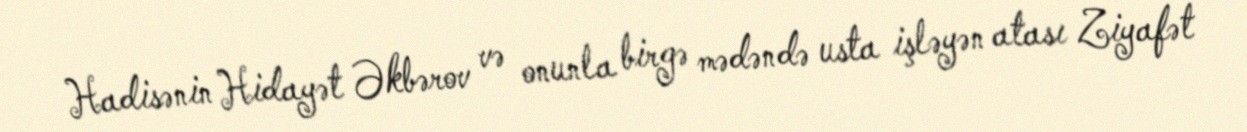
Hadisənin Hidayət Əkbərov və onunla birgə mədəndə usta işləyən atası Ziyafət